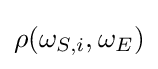
\rho (\omega _{S,i},\omega _{E})